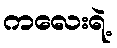
ကလေးရဲ့